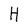
Character: H